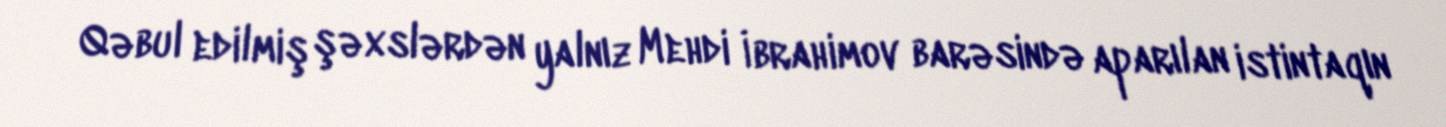
Qəbul edilmiş şəxslərdən yalnız Mehdi İbrahimov barəsində aparılan istintaqın